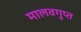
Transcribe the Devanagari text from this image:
मालवगुप्त